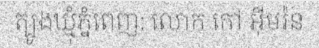
ត្បូងឃ្មុំភ្នំពេញ: លោក កៅ អ៊ីមរ៉ន